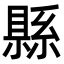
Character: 縣